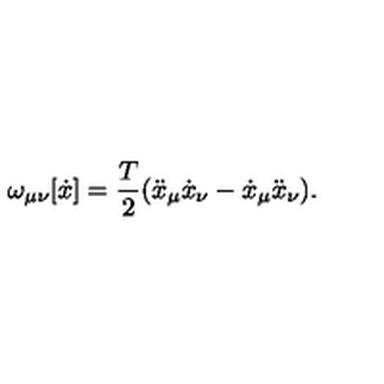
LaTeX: \omega _ { \mu \nu } [ \dot { x } ] = \frac { T } { 2 } ( \ddot { x } _ { \mu } \dot { x } _ { \nu } - \dot { x } _ { \mu } \ddot { x } _ { \nu } ) .